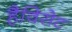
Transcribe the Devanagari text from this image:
हैविसेट